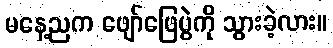
မနေ့ညက ဖျော်ဖြေပွဲကို သွားခဲ့လား။